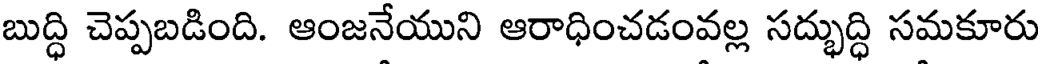
బుద్ధి చెప్పబడింది. ఆంజనేయుని ఆరాధించడంవల్ల సద్భుద్ధి సమకూరు